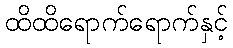
ထိထိရောက်ရောက်နှင့်